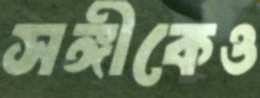
সঙ্গীকেও